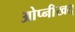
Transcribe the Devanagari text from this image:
ओप्नीखत्